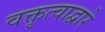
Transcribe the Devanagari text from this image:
वक्तृत्वाद्वारे